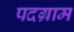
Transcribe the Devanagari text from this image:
पदग्राम